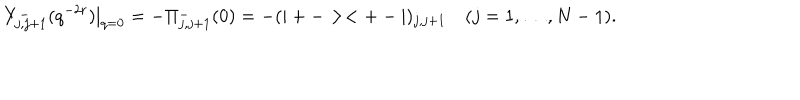
Y _ { j , j + 1 } ^ { - } ( q ^ { - 2 r } ) | _ { q = 0 } = - \Pi _ { j , j + 1 } ^ { - } ( 0 ) = - ( | + - > < + - | ) _ { j , j + 1 } \quad ( j = 1 , \dots , N - 1 ) .